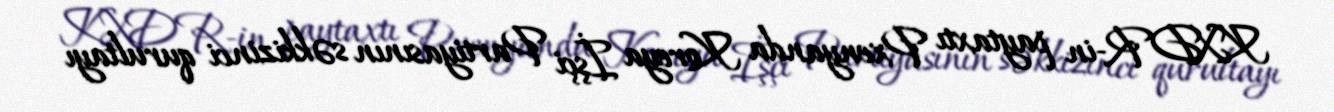
KXDR-in paytaxtı Pxenyanda Koreya İşçi Partiyasının səkkizinci qurultayı